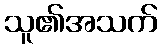
သူ၏အသက်